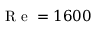
\mathrm { ~ R ~ e ~ } = 1 6 0 0